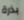
بذرة